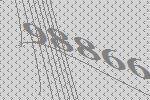
98866